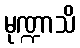
မုဏ္ဍာသိ